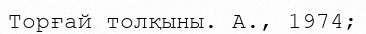
Торғай толқыны. А., 1974;